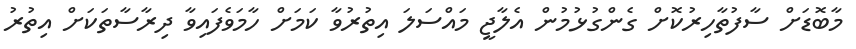
މާބޮޑަށް ސާފުތާހިރުކޮށް ގެންގުޅުމުން އެލާޖީ މައްސަލަ އިތުރުވާ ކަމަށް ހާމަވެފައިވާ ދިރާސާތަކަށް އިތުރު